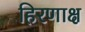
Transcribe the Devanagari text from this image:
हिरणाक्ष